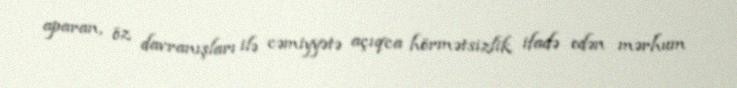
aparan, öz davranışları ilə cəmiyyətə açıqca hörmətsizlik ifadə edən mərhum